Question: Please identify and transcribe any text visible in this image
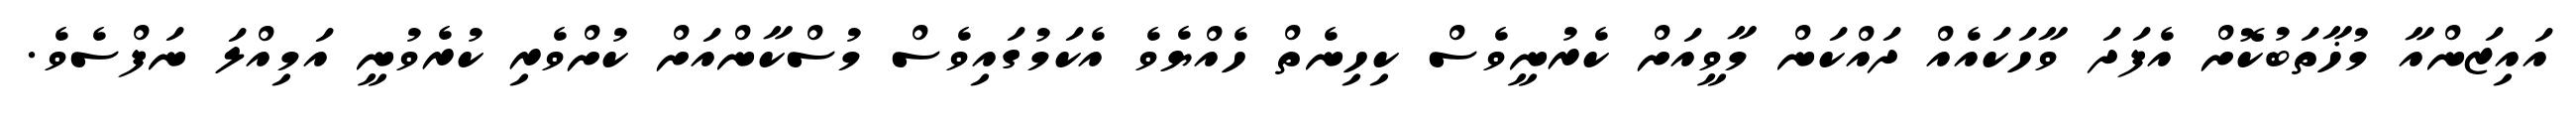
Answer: އައިޒަންއާ މުޚާތަބުކޮށް އެފަދަ ވާހަކައެއް ދައްކަން މާވީއަށް ކެރުނީވެސް ކިހިނެތް ހެއްޔެވެ އެކަމުގައިވެސް މުސްކާންއަށް ކުށްވެރި ކުރެވުނީ އަމިއްލަ ނަފްސެވެ.